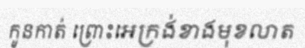
កូនកាត់ ព្រោះអេក្រង់ខាងមុខលាត